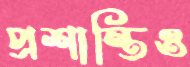
প্রশান্তিও